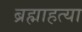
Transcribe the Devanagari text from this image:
ब्रह्माहत्या